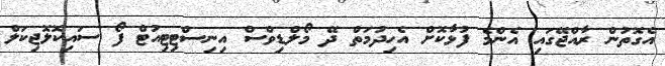
އެގޮތުން ރާއްޖޭގައި އެންމެ ފުޅާކޮށް އެހިދުމަތް ދޭ މޯލްޑިވްސް އިނިސްޓިޓިއުޓް ފޯ ސައިކޮލޮޖިކަލް